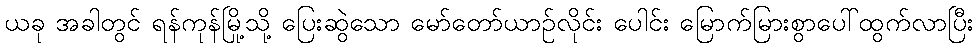
ယခု အခါတွင် ရန်ကုန်မြို့သို့ ပြေးဆွဲသော မော်တော်ယာဉ်လိုင်း ပေါင်း မြောက်မြားစွာပေါ်ထွက်လာပြီး